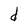
Character: d